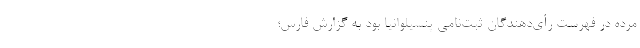
مرده در فهرست رأی‌دهندگان ثبت‌نامی پنسیلوانیا بود به گزارش فارس؛